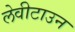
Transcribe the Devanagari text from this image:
लेवीटाउन